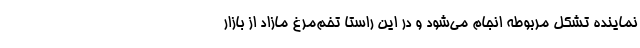
نماینده تشکل مربوطه انجام می‌شود و در این راستا تخم‌مرغ مازاد از بازار